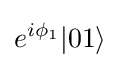
e^{i\phi _{1}}|01\rangle